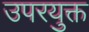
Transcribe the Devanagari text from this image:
उपरयुक्त